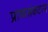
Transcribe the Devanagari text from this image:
प्राणसंकटास